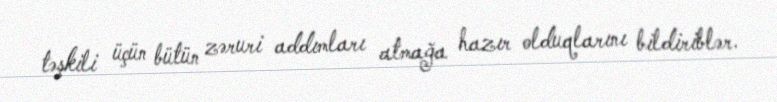
təşkili üçün bütün zəruri addımları atmağa hazır olduqlarını bildiriblər.